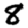
Digit: 8